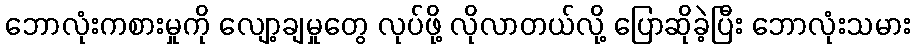
ဘောလုံးကစားမှုကို လျော့ချမှုတွေ လုပ်ဖို့ လိုလာတယ်လို့ ပြောဆိုခဲ့ပြီး ဘောလုံးသမား